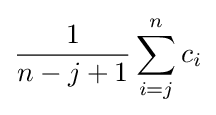
{1 \over n-j+1}\sum _{i=j}^{n}c_{i}